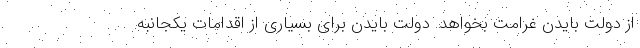
از دولت بایدن غرامت بخواهد. دولت بایدن برای بسیاری از اقدامات یکجانبه